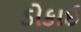
ડોકાઈ